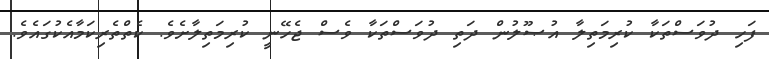
ފަހި ދުވަސްތަކާ ކުރިމަތިލާ އުޞޫލުން ދަތި ދުވަސްތަކާ ވެސް ޖެހޭނީ ކުރިމަތިލާށެވެ. ކެތްތެރިކަމާއެކުގައެވެ.